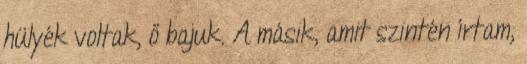
hülyék voltak, ő bajuk. A másik, amit szintén írtam,